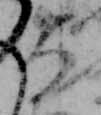
大